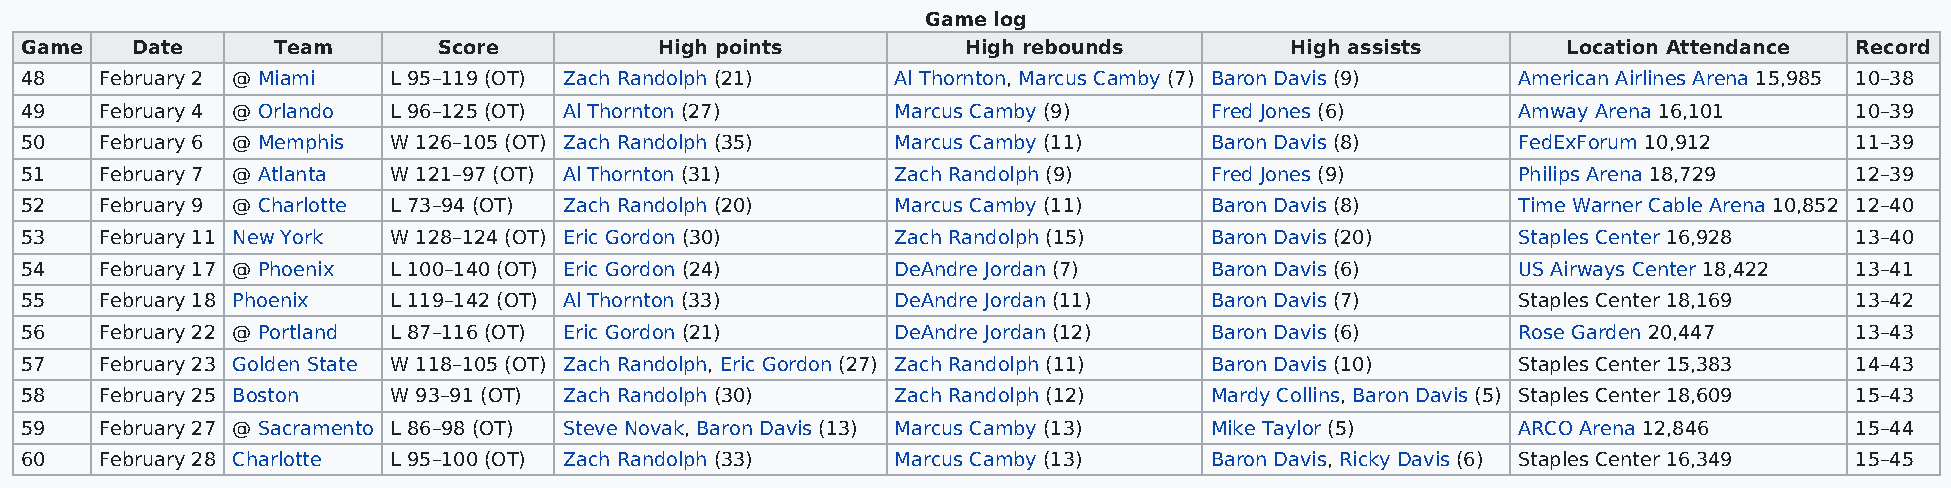
Game log
 Game    Date     Team       Score          High points         High rebounds        High assists       Location Attendance Record
 48    February 2 @ Miami L 95–119 (OT) Zach Randolph (21) Al Thornton, Marcus Camby (7) Baron Davis (9) American Airlines Arena 15,985 10–38
 49    February 4 @ Orlando L 96–125 (OT) Al Thornton (27) Marcus Camby (9)     Fred Jones (6)      Amway Arena 16,101     10–39
 50    February 6 @ Memphis W 126–105 (OT) Zach Randolph (35) Marcus Camby (11) Baron Davis (8)     FedExForum 10,912      11–39
 51    February 7 @ Atlanta W 121–97 (OT) Al Thornton (31) Zach Randolph (9)    Fred Jones (9)      Philips Arena 18,729   12–39
 52    February 9 @ Charlotte L 73–94 (OT) Zach Randolph (20) Marcus Camby (11) Baron Davis (8)     Time Warner Cable Arena 10,852 12–40
 53    February 11 New York W 128–124 (OT) Eric Gordon (30) Zach Randolph (15)  Baron Davis (20)    Staples Center 16,928  13–40
 54    February 17 @ Phoenix L 100–140 (OT) Eric Gordon (24) DeAndre Jordan (7) Baron Davis (6)     US Airways Center 18,422 13–41
 55    February 18 Phoenix L 119–142 (OT) Al Thornton (33) DeAndre Jordan (11)  Baron Davis (7)     Staples Center 18,169  13–42
 56    February 22 @ Portland L 87–116 (OT) Eric Gordon (21) DeAndre Jordan (12) Baron Davis (6)    Rose Garden 20,447     13–43
 57    February 23 Golden State W 118–105 (OT) Zach Randolph, Eric Gordon (27) Zach Randolph (11) Baron Davis (10) Staples Center 15,383 14–43
 58    February 25 Boston W 93–91 (OT) Zach Randolph (30)  Zach Randolph (12)   Mardy Collins, Baron Davis (5) Staples Center 18,609 15–43
 59    February 27 @ Sacramento L 86–98 (OT) Steve Novak, Baron Davis (13) Marcus Camby (13) Mike Taylor (5) ARCO Arena 12,846 15–44
 60    February 28 Charlotte L 95–100 (OT) Zach Randolph (33) Marcus Camby (13) Baron Davis, Ricky Davis (6) Staples Center 16,349 15–45